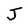
Character: J